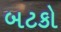
બટકો